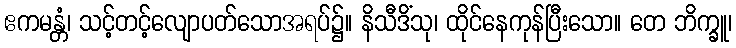
ဧကမန္တံ၊ သင့်တင့်လျောပတ်သောအရပ်၌။ နိသီဒိံသု၊ ထိုင်နေကုန်ပြီးသော။ တေ ဘိက္ခူ၊